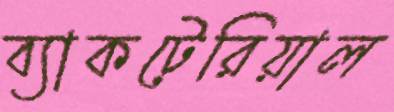
ব্যাকটেরিয়াল